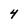
Character: 4